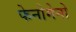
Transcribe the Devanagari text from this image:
फेनोमेनो